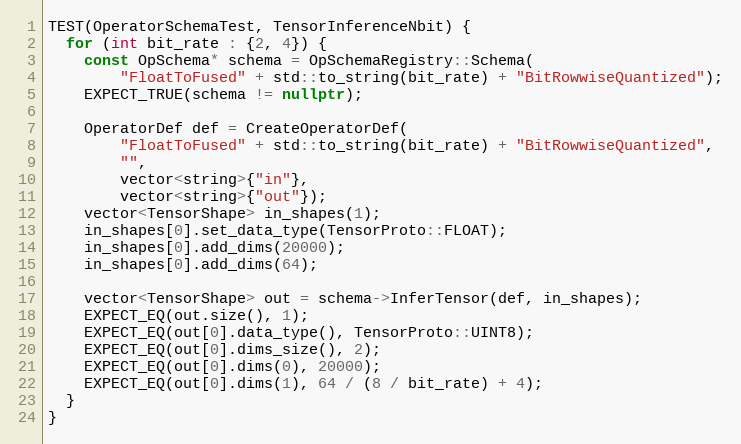
Language: C++
TEST(OperatorSchemaTest, TensorInferenceNbit) {
  for (int bit_rate : {2, 4}) {
    const OpSchema* schema = OpSchemaRegistry::Schema(
        "FloatToFused" + std::to_string(bit_rate) + "BitRowwiseQuantized");
    EXPECT_TRUE(schema != nullptr);

    OperatorDef def = CreateOperatorDef(
        "FloatToFused" + std::to_string(bit_rate) + "BitRowwiseQuantized",
        "",
        vector<string>{"in"},
        vector<string>{"out"});
    vector<TensorShape> in_shapes(1);
    in_shapes[0].set_data_type(TensorProto::FLOAT);
    in_shapes[0].add_dims(20000);
    in_shapes[0].add_dims(64);

    vector<TensorShape> out = schema->InferTensor(def, in_shapes);
    EXPECT_EQ(out.size(), 1);
    EXPECT_EQ(out[0].data_type(), TensorProto::UINT8);
    EXPECT_EQ(out[0].dims_size(), 2);
    EXPECT_EQ(out[0].dims(0), 20000);
    EXPECT_EQ(out[0].dims(1), 64 / (8 / bit_rate) + 4);
  }
}